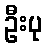
ဦးပု